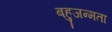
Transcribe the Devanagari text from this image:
बहुजन्मता